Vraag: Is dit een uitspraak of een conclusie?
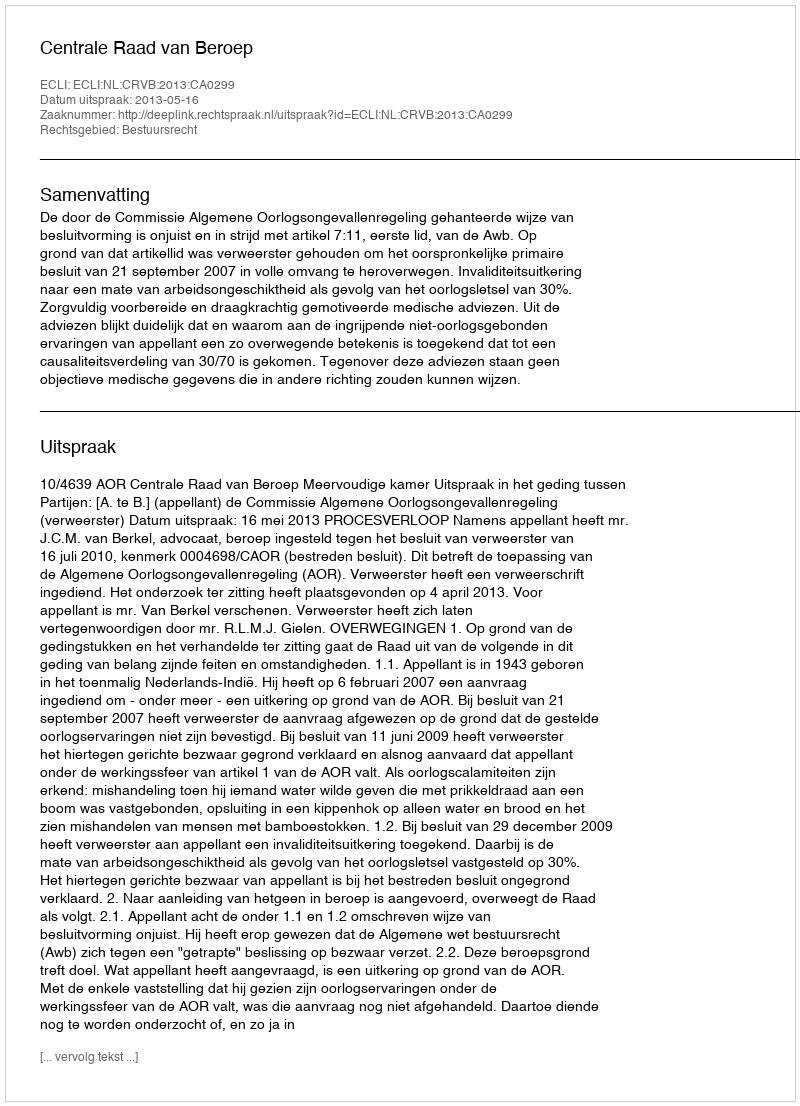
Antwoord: Uitspraak